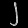
Digit: ၂